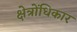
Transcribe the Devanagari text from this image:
क्षेत्रोंधिकार